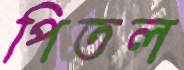
পিতল